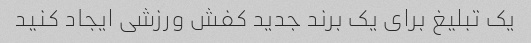
یک تبلیغ برای یک برند جدید کفش ورزشی ایجاد کنید